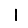
Digit: 1